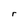
Character: r